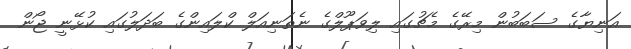
އަނިޔާގެ ސަބަބުން މިރޭގެ މެޗުގައި ލިވަޕޫލްގެ ނެތަނިއަލް ކްލައިންގެ ބަދަލުގައި ކުޅޭނީ ޖޯން